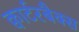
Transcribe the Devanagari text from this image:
क्वार्टरबैक्स